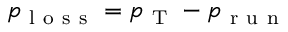
p _ { \mathrm { ~ l ~ o ~ s ~ s ~ } } = p _ { \mathrm { ~ T ~ } } - p _ { \mathrm { ~ r ~ u ~ n ~ } }